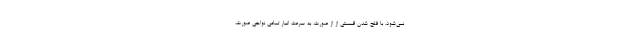
نمی‌شود. با فلج شدن قسمتی از از صورت، به سرعت انبار تمامی نواحی صورت،